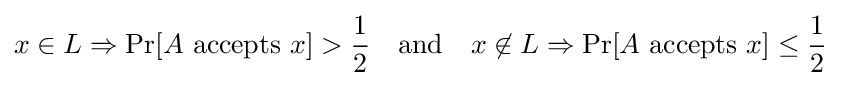
x\in L\Rightarrow \Pr[A{\text{ accepts }}x]>{\frac {1}{2}}\quad {\text{and}}\quad x\not \in L\Rightarrow \Pr[A{\text{ accepts }}x]\leq {\frac {1}{2}}